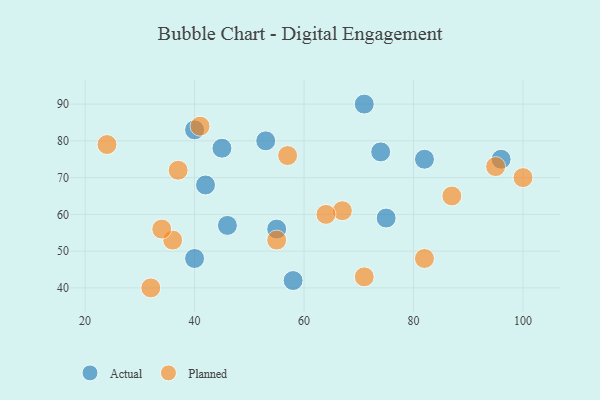
{"axis": {"x": "GDP", "y": "Life Expectancy"}, "legend": ["Actual", "Planned"], "data": [{"x": "46", "y": 57, "type": "Actual"}, {"x": "74", "y": 77, "type": "Actual"}, {"x": "40", "y": 48, "type": "Actual"}, {"x": "75", "y": 59, "type": "Actual"}, {"x": "82", "y": 75, "type": "Actual"}, {"x": "55", "y": 56, "type": "Actual"}, {"x": "40", "y": 83, "type": "Actual"}, {"x": "53", "y": 80, "type": "Actual"}, {"x": "96", "y": 75, "type": "Actual"}, {"x": "45", "y": 78, "type": "Actual"}, {"x": "58", "y": 42, "type": "Actual"}, {"x": "71", "y": 90, "type": "Actual"}, {"x": "42", "y": 68, "type": "Actual"}, {"x": "24", "y": 79, "type": "Planned"}, {"x": "36", "y": 53, "type": "Planned"}, {"x": "87", "y": 65, "type": "Planned"}, {"x": "32", "y": 40, "type": "Planned"}, {"x": "71", "y": 43, "type": "Planned"}, {"x": "100", "y": 70, "type": "Planned"}, {"x": "95", "y": 73, "type": "Planned"}, {"x": "41", "y": 84, "type": "Planned"}, {"x": "82", "y": 48, "type": "Planned"}, {"x": "57", "y": 76, "type": "Planned"}, {"x": "67", "y": 61, "type": "Planned"}, {"x": "55", "y": 53, "type": "Planned"}, {"x": "34", "y": 56, "type": "Planned"}, {"x": "37", "y": 72, "type": "Planned"}, {"x": "64", "y": 60, "type": "Planned"}]}